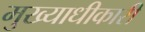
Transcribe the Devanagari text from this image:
मुख्याधीकारी